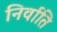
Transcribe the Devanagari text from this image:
निर्वाति